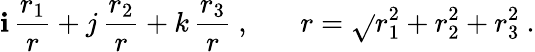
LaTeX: \mathbf{i}\, \frac{{r_{1}}}{{r}}+j\, \frac{{r_{2}}}{{r}}+k\, \frac{{r_{3}}}{{r}}~,~~~~~~~r=\sqrt{}{{r_{1}^{2}+r_{2}^{2}+r_{3}^{2}}}~.